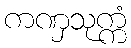
ကဏှသုက္ကံ